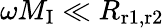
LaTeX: \omega M_{\mathrm{I}}\ll R_{\mathrm{r1,r2}}